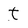
Character: t